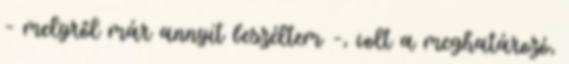
– melyről már annyit beszéltem –, volt a meghatározó,